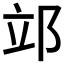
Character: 𨚪